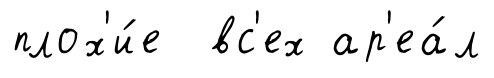
плох'и́е вс'ех ар'еа́л